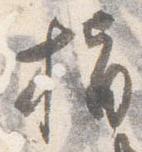
指